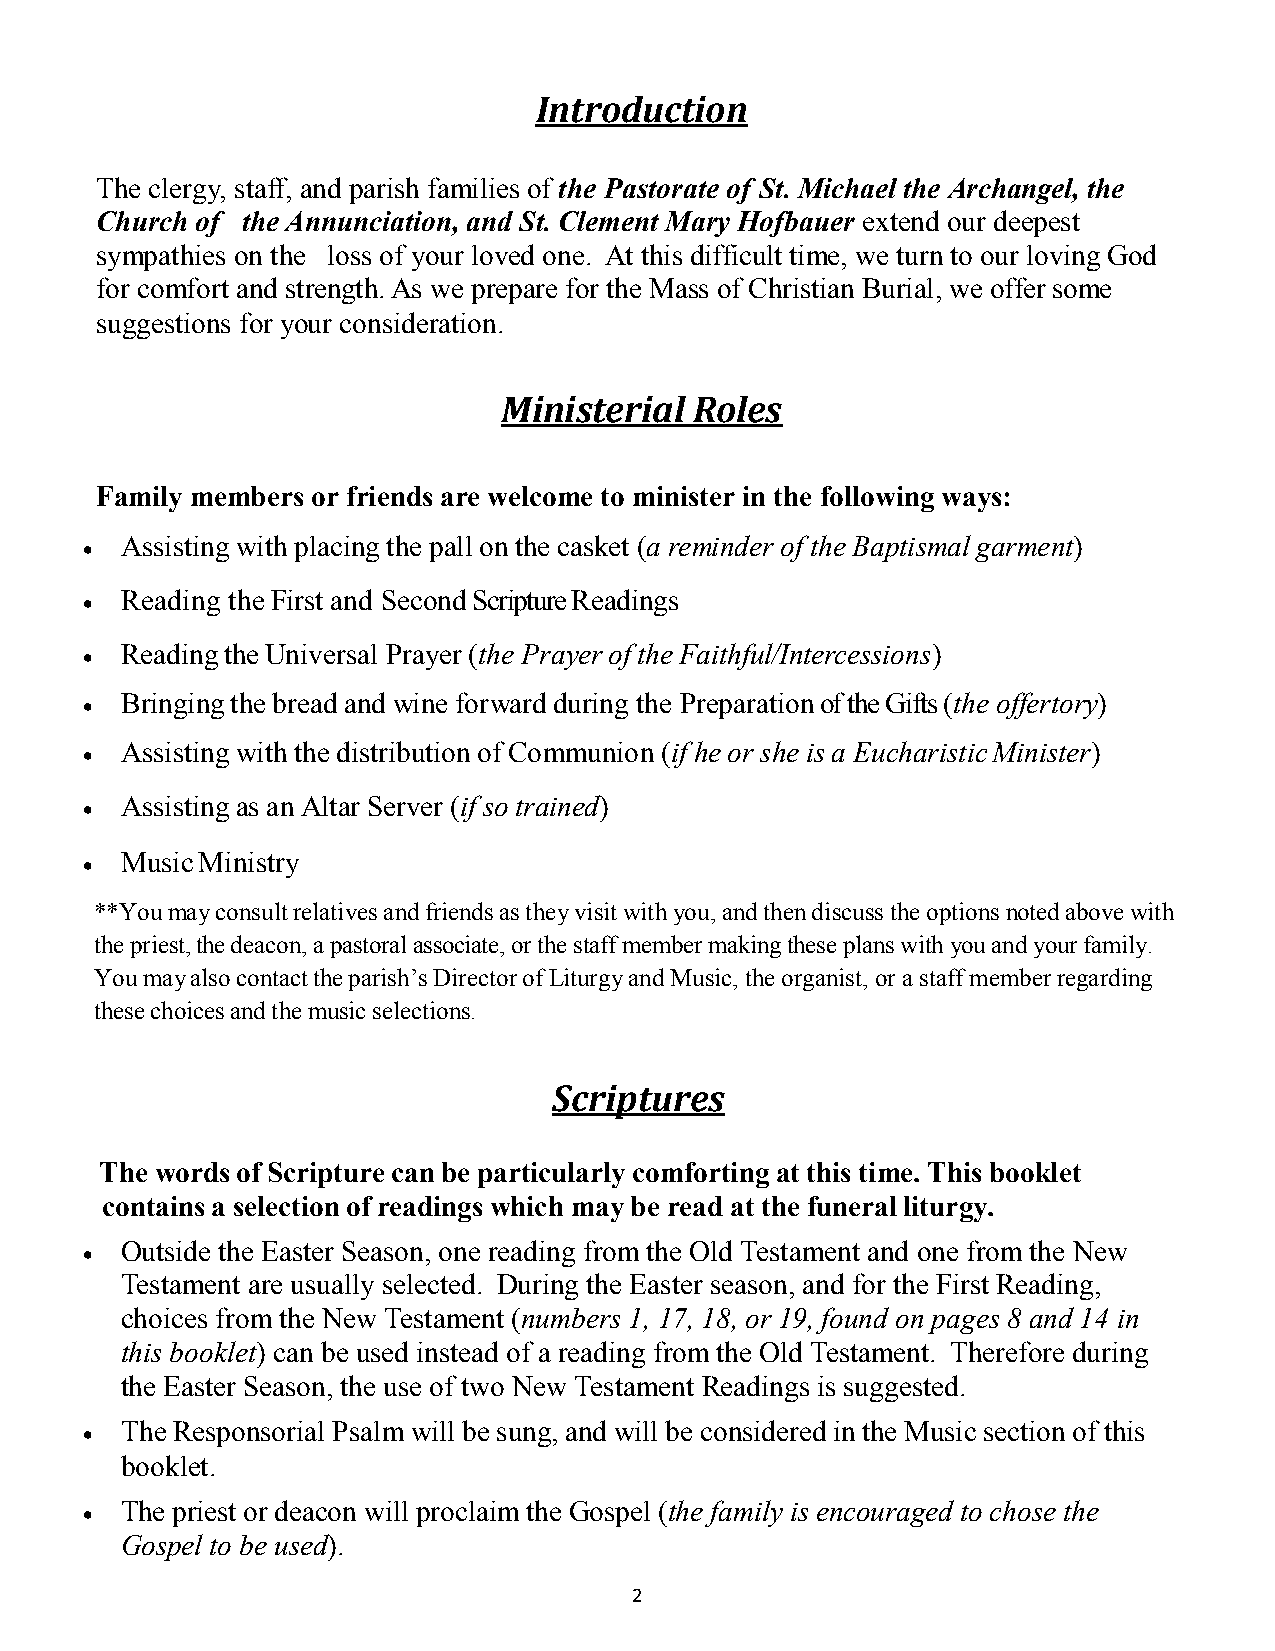
Introduction
 The clergy, staff, and parish families of the Pastorate of St. Michael the Archangel, the
 Church of the Annunciation, and St. Clement Mary Hofbauer extend our deepest
 sympathies on the loss of your loved one. At this difficult time, we turn to our loving God
 for comfort and strength. As we prepare for the Mass of Christian Burial, we offer some
 suggestions for your consideration.
 Ministerial  Roles
 Family members or friends are welcome to minister in the following ways:
 Assisting with placing the pall on the casket (a reminder of the Baptismal garment)
 
 Reading the First and Second Scripture Readings
 
 Reading the Universal Prayer (the Prayer of the Faithful/Intercessions)
 
 Bringing the bread and wine forward during the Preparation of the Gifts (the offertory)
 
 Assisting with the distribution of Communion (if he or she is a Eucharistic Minister)
 
 Assisting as an Altar Server (if so trained)
 
 Music Ministry
 
 **You may consult relatives and friends as they visit with you, and then discuss the options noted above with
 the priest, the deacon, a pastoral associate, or the staff member making these plans with you and your family.
 You may also contact the parish’s Director of Liturgy and Music, the organist, or a staff member regarding
 these choices and the music selections.
 Scriptures
 The words of Scripture can be particularly comforting at this time. This booklet
 contains a selection of readings which may be read at the funeral liturgy.
 Outside the Easter Season, one reading from the Old Testament and one from the New
 
 Testament are usually selected. During the Easter season, and for the First Reading,
 choices from the New Testament (numbers 1, 17, 18, or 19, found on pages 8 and 14 in
 this booklet) can be used instead of a reading from the Old Testament. Therefore during
 the Easter Season, the use of two New Testament Readings is suggested.
 The Responsorial Psalm will be sung, and will be considered in the Music section of this
 
 booklet.
 The priest or deacon will proclaim the Gospel (the family is encouraged to chose the
 
 Gospel to be used).
 2